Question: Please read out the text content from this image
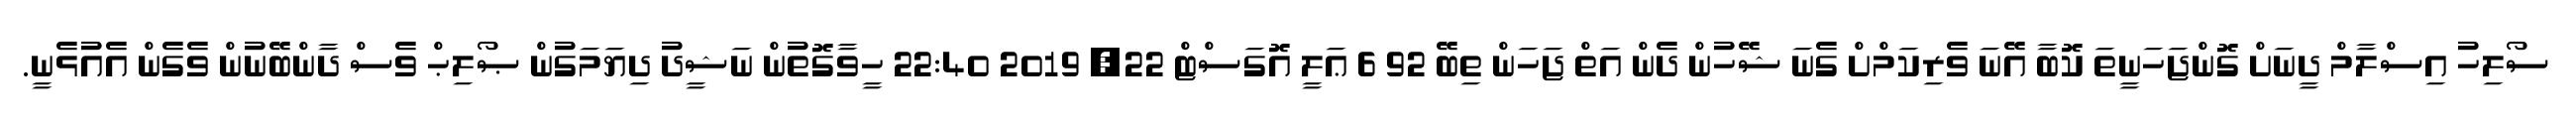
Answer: ސޯލިހު އިސްލާމް ދީނަށް ގޮންޖަހަނީތަ ކޮބާ އޭނަ ވެރިކަމްށް ގެނަ ޝޭހުން ދެން އަތް ޖަހަން ތިބޭ 92 6 ޢަލީ އޮގަސްޓް 22, 2019 22:40 ހީވާގޮތުން ނަޝީދު ދިޔަމަގުން ޞޯލިޙް ވެސް ދާންބޭނުން ވެގެން އެއުޅެނީ.